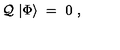
{ \cal Q } \ | \Phi \rangle \ = \ 0 \ ,